Bréfritari: Sigurbjörg Einarsdóttir
Viðtakandi: Jón Borgfirðings Jónsson
Dagsetning: A-1880-07-16
Skrifað á: Akureyri  Eyf.

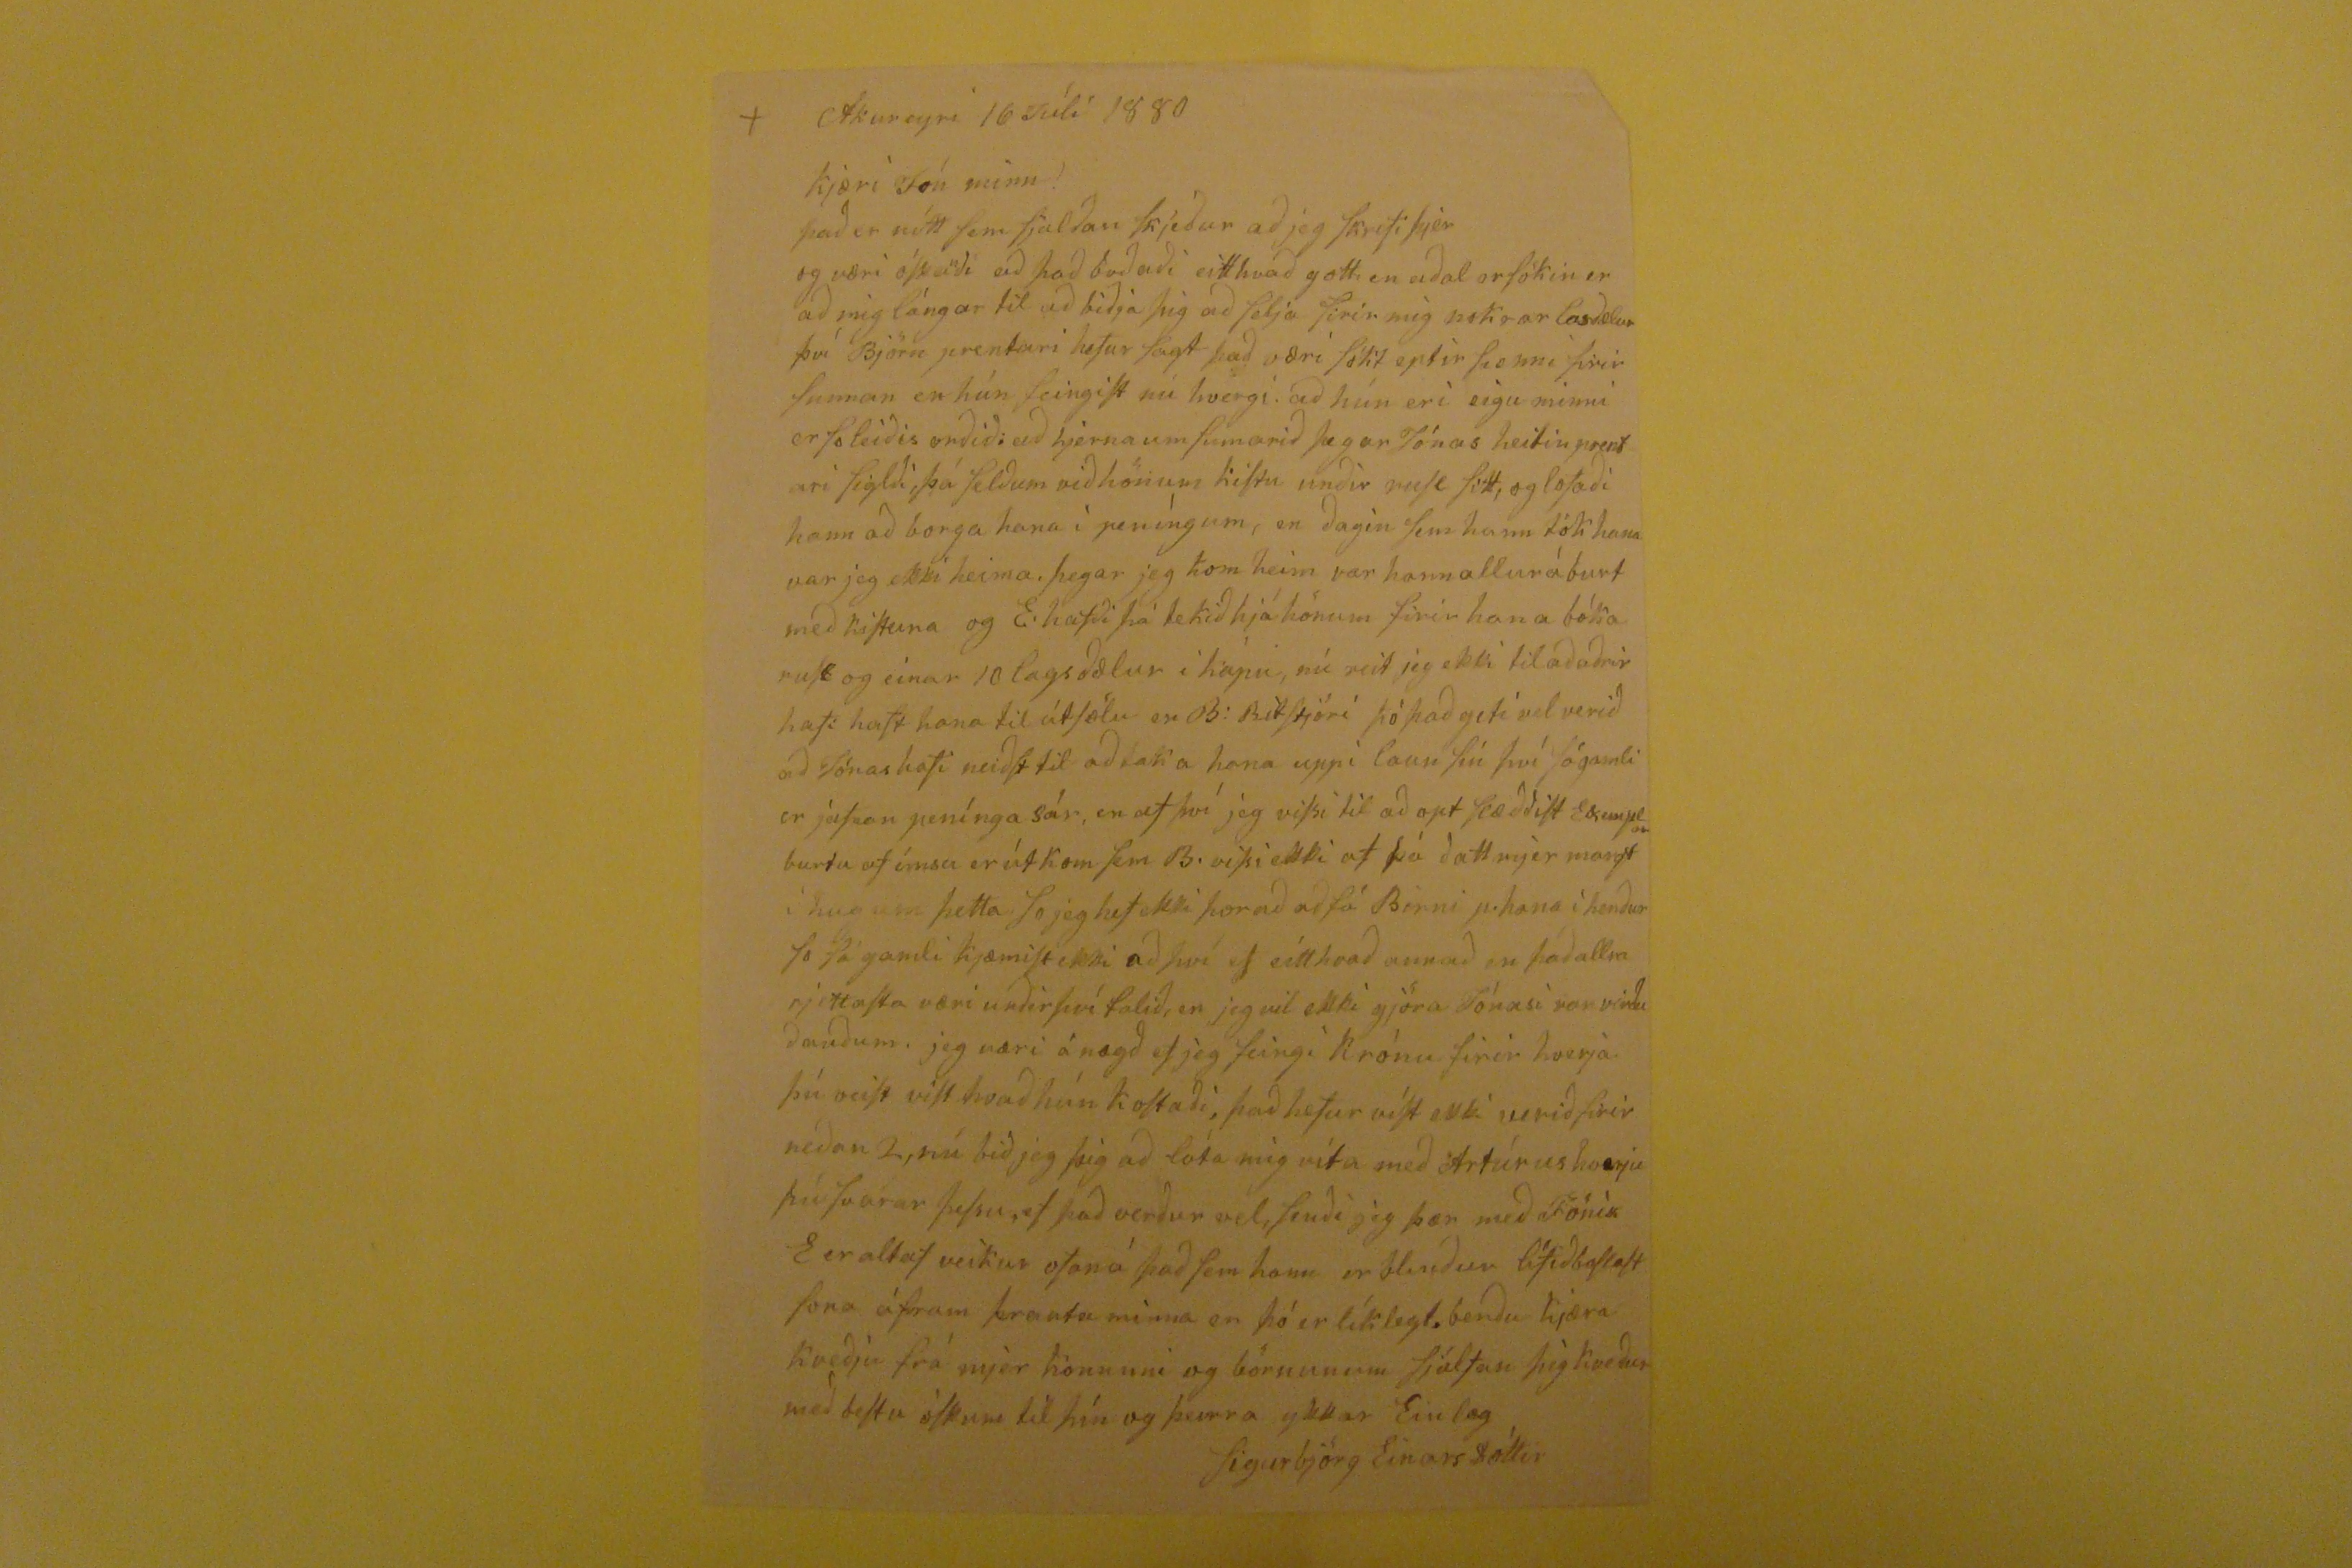

Akureyri 16 Júlí 1880
Kjæri Jón minn!
Það er nótt sem sjalðan skjeður að jeg skrifi þjer og væri óska
n
ði að það boðaði eitthvað gott, en aðal orsökin er að mig lángar til að biðja þig að selja firir mig nokrar
losdælur
því BJörn prentari hefur sagt það væri
sókt
eptir
henni
firir sunnan en hún feingist nú hvergi. að hún erí eigu minni er soleiðis orðið: að hjerna um sumarið þegar Jónas heitin prentari siglði ,þá selðum við hönum kistu unðir mest sitt, og lofaði hann að borga hana í peníngum, en ðagin sem hann tók hana var jeg ekki heima, þegar jeg kom heim var hann allur áburt með kistuna og E. hafði þá tekið hjá hönum firir hana bóka mest og einar 10 lagsðælur i kápu, nú veit jeg ekki til að aðrir hafi haft hana til útsölu er B: Ritstjóri þó það geti vel verið að Jónas hafi neiðst til að taka hana uppi laun þú því só gamli er jafnan penínga sár, en af því jeg vissi til að opt
stæððist
Exempl
um
burtu af ímsu er út kom sem B. vissi ekki af þá ðatt mjer margt í hug um þetta so jeg hef ekki þorað að fá Birni p. hana í henður so sá gamli kjæmsit ekki að því ef eitthvað annað en það allra rjettasta væri unðir því falið, en jeg vil ekki gjöra Jónasi
vor vinðu dauðum
, jeg væri ánægð ef jeg feingi krónu firir hverja þú veist vist hvað hún kostaði, það hefur vist ekki verið ifir neðan 2, nú bið jeg þig að láta mig víta með Artúrus hverju þú svarar þessu, ef það verður vel, senði jeg þær með
Fóníx E
er altaf veikur ofaná það sem hann er
blenður
lífið
bestast
sona áfram
kranta minna
en þó er líklegt, berðu kjæra Kveðju frá mjer konunni og börnunum sjálfan þig kveður með bestu óskum til þín og þeirra ykkar Einlæg
Sigurbjörg EinarsDóttir